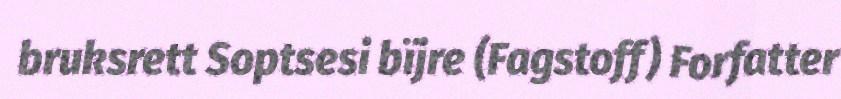
bruksrett Soptsesi bïjre (Fagstoff) Forfatter